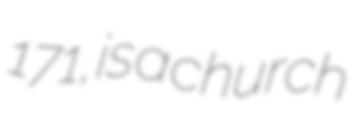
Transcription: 171, is a church